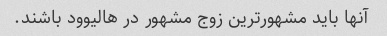
آنها باید مشهورترین زوج مشهور در هالیوود باشند.